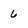
Character: 6